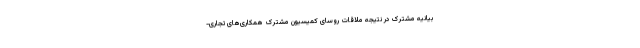
بیانیه مشترک در نتیجه ملاقات روسای کمیسیون مشترک همکاری‌های تجاری-